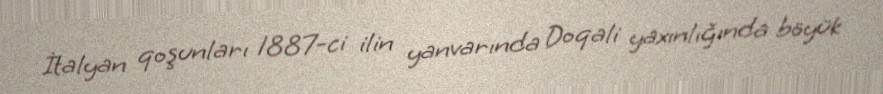
İtalyan qoşunları 1887-ci ilin yanvarında Doqali yaxınlığında böyük